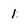
Character: 1